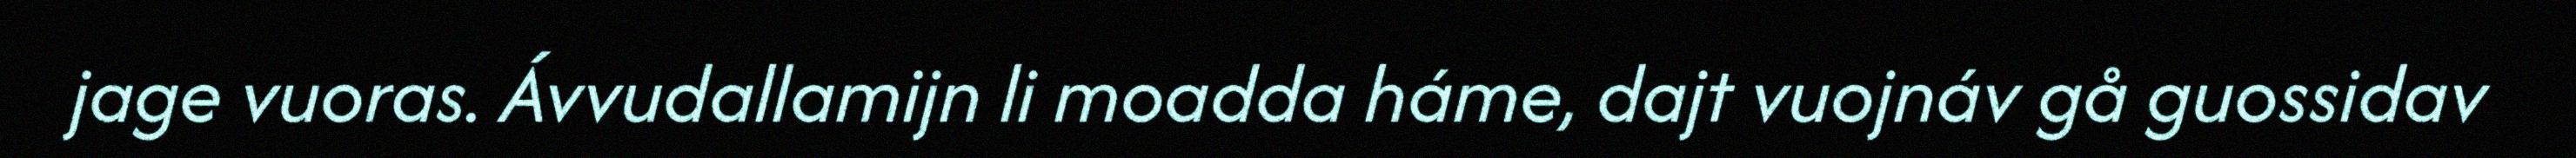
jage vuoras. Ávvudallamijn li moadda háme, dajt vuojnáv gå guossidav